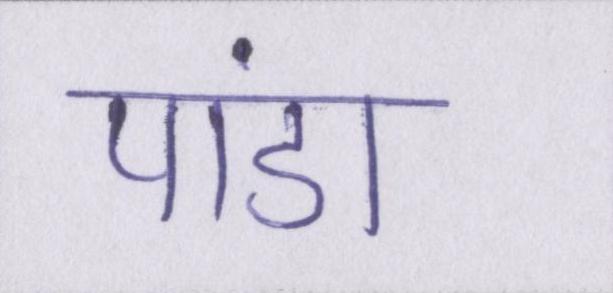
पांडा